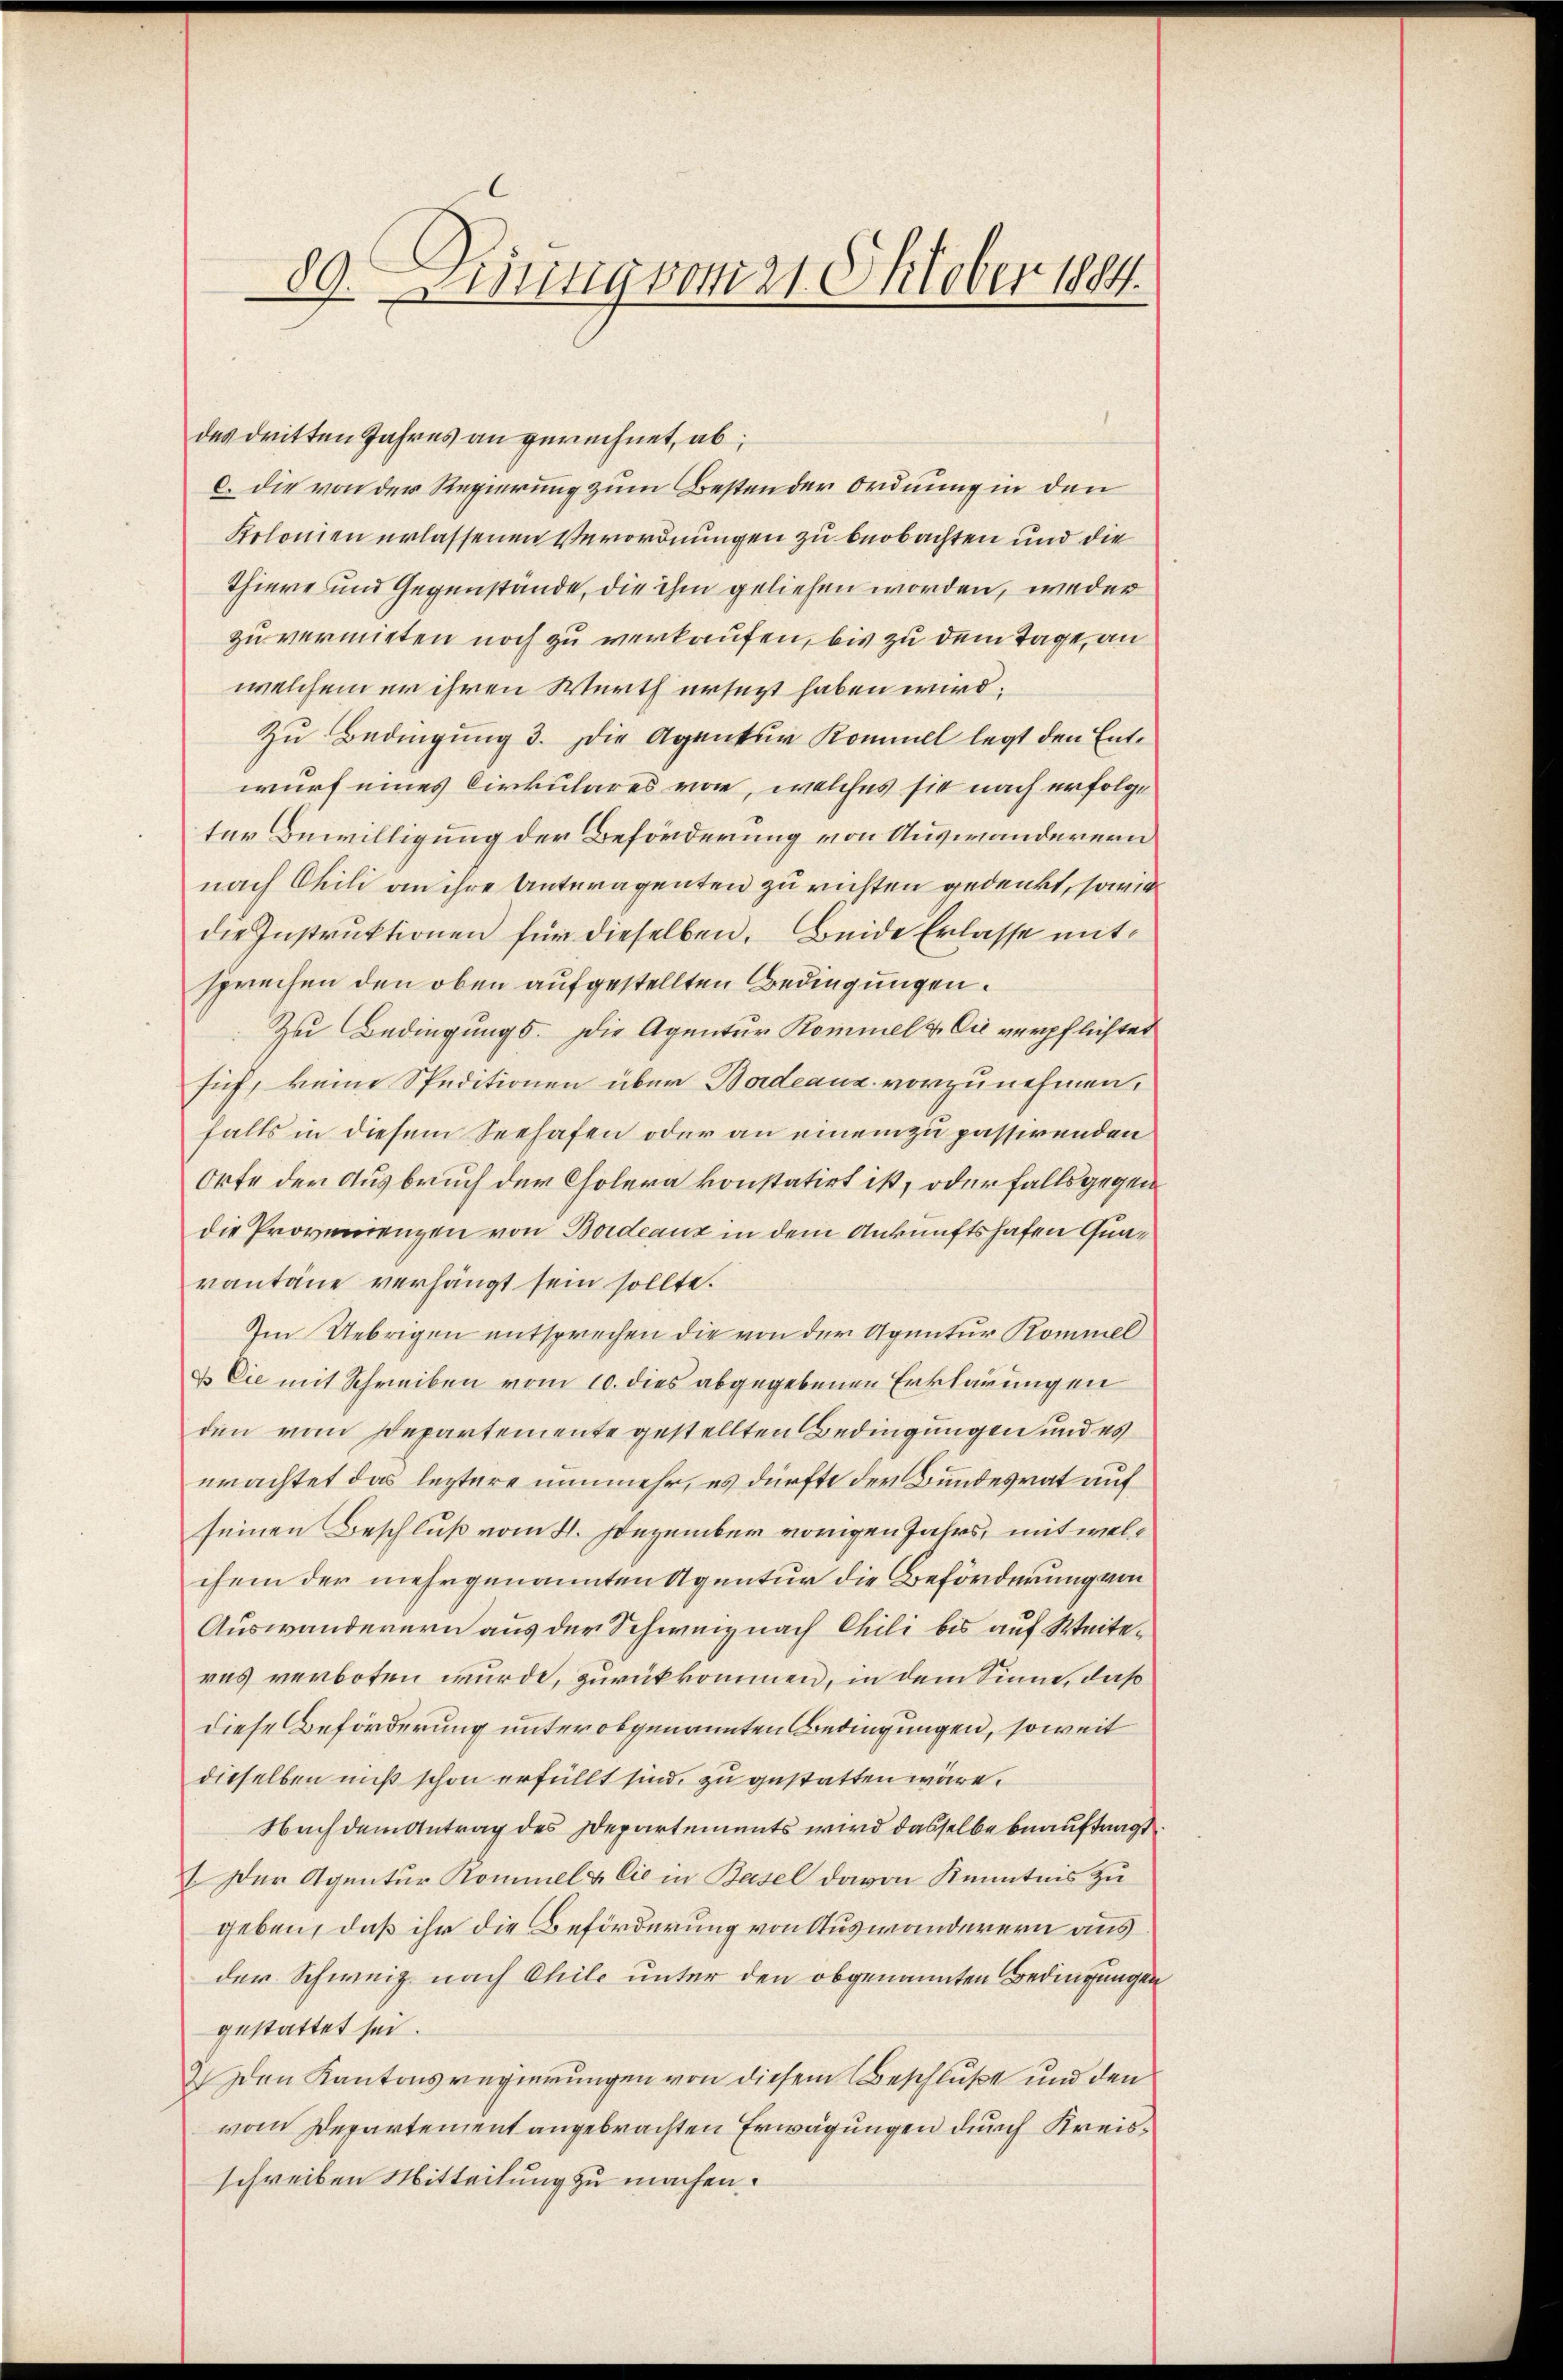
89. Lesung vom 21. Oktober 1884.

des dritten Jahres an gerechnet, ab
c. die von der Regierung zum Besten der Ordnung in den
Kolonien erlassenen Verordnungen zu beobachten und die
Thiere und Gegenstände, die ihm geliehen worden, weder
zu vermieten noch zu verkaufen, bis zu dem Tage, an
welchem er ihren Werth ersezt haben wird;
Zu Bedingung 3. Die Agentur Kommel legt den Entwurf eines Cirkulares vor, welches sie nach erfolge
ter Bewilligung der Beförderung von Auswanderenn
nach Chili an ihre Unteragenten zu richten gedenkt, sowie
die Instruktionen für dieselben. Beide Erlasse mitsprechen den oben aufgestellten Bedingungen.
Zu Bedingungs. Die Agentur Kommel & Cie verpflichtet
sich, keine Speditionen über Badeaux vorzunehmen,
falls in diesem Seehafen oder an einem zu passirenden
Orte der Ausbruch der Cholera konstatirt ist, oder falls gegen
die Provincenzen von Bordeaux in dem Ankunftshafen Quavantane verhängt sein sollte.
Im Uebrigen entsprechen die von der Agentur Kommel
& Cie mit Schreiben vom 10. dies abgegebenen Erklärungen
den vom Departemente gestellten Bedingungen und es
erachtet das leztere nunmehr, es dürfte der Bundesrat auf
seinen Beschluß vom 4. Dezember vorigen Jahrs, mit welchem der mehrgenannten Agentur die Beförderung von
Auswanderern aus der Schweiz nach Chili bis auf Weiteras verboten wurde, zurückkommen, in dem Sinne, daß
diese Beförderung unter obgenannten Bedingungen, soweit
dieselben nicht schon erfüllt sind, zu gestatten wäre.
Nachdem Antrag des Departements wird dasselbe beauftragt
I Der Agentur Kommel & Cie in Basel davon Kenntnis zu
geben, daß ihr die Beförderung von Auswanderern aus
der Schweiz nach Chile unter den obgenannten Bedingungen
gestattet sei.
2. Den Kantonsregierungen von diesem Beschlüße und den
vom Departement angebrachten Erwägungen durch Kreisschreiben Mitteilung zu machen.